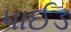
પાઈડ